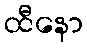
ထီနော